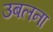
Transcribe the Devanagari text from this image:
उबलना